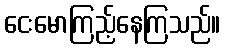
ငေးမောကြည့်နေကြသည်။